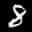
Label: 8